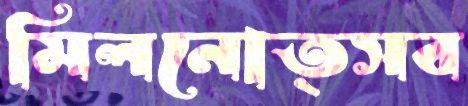
মিলনোত্সব